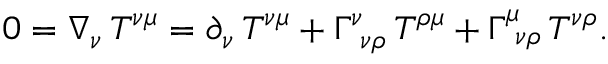
\begin{array} { r } { 0 = \nabla _ { \nu } \, T ^ { \nu \mu } = \partial _ { \nu } \, T ^ { \nu \mu } + \Gamma _ { \, \, \, \nu \rho } ^ { \nu } \, T ^ { \rho \mu } + \Gamma _ { \, \, \, \nu \rho } ^ { \mu } \, T ^ { \nu \rho } . } \end{array}